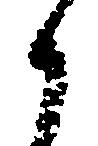
々